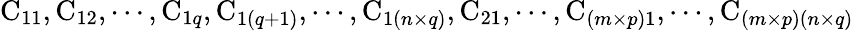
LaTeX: \mathrm{C}_{11},\mathrm{C}_{12},\cdots,\mathrm{C}_{1q},\mathrm{C}_{1(q+1)},\cdots,\mathrm{C}_{1(n\times q)},\mathrm{C}_{21},\cdots,\mathrm{C}_{(m\times p)1},\cdots,\mathrm{C}_{(m\times p)(n\times q)}